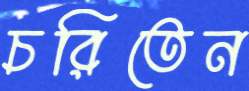
চরিতেন